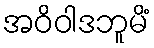
အဝိဝါဒဘူမိံ